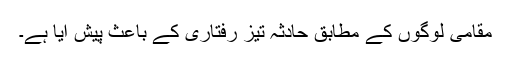
مقامی لوگوں کے مطابق حادثہ تیز رفتاری کے باعث پیش آیا ہے۔